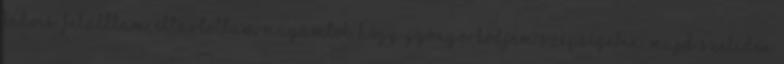
kedves. Felálltam, eltartottam magamtól, hogy gyönyörködjem szépségében, majd szelíden